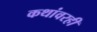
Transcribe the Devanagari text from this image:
कथांवरही